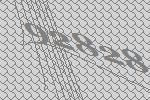
92828